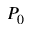
P _ { 0 }